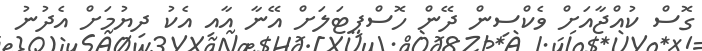
ގޮސް ކުއްޖާއަށް ވެކްސިން ދޭން ހޮސްޕިޓަލަށް އޭނާ އާއި އެކު ދިޔުމަށް އެދުނު